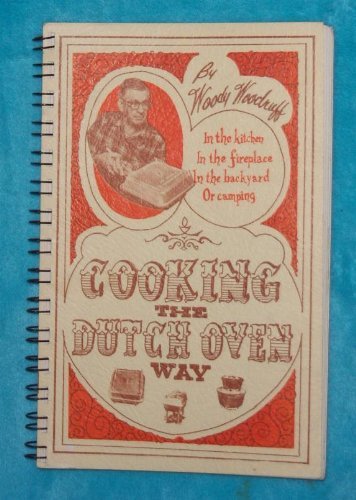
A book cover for Cooking the Dutch oven way; Woody Woodruff; Cookbooks, Food & Wine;